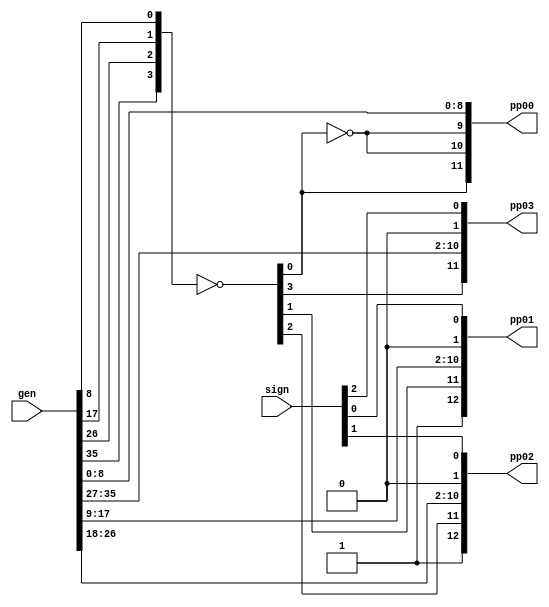
module SignextSigned8x8(input wire[35:0]  gen,
                      input wire[3:0]   sign,
                      output wire[11:0] pp00,pp03,
                      output wire[12:0] pp01,pp02);

    wire[3:0] e,ne;

    assign e  = ~{gen[35],gen[26],gen[17],gen[8]};
    assign ne = ~e;

    assign pp00 = {e[0],ne[0],ne[0],gen[8:0]};
    assign pp01 = {1'b1,e[1],gen[17:9],1'b0,sign[0]};
    assign pp02 = {1'b1,e[2],gen[26:18],1'b0,sign[1]};
    assign pp03 = {e[3],gen[35:27],1'b0,sign[2]};

endmodule